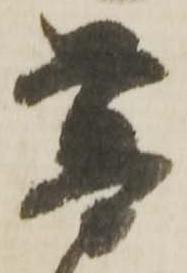
普